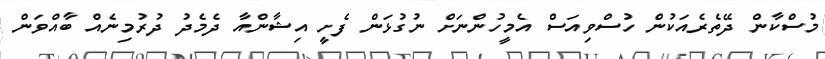
މުސްކާން ދޭތެރެއަކުން ހުސްވިއަސް އެމީހުންނަށް ނުގުޅަން ފެށީ އިޝާންއާ ދެމެދު ދުރުމިނެއް ބާއްވަން